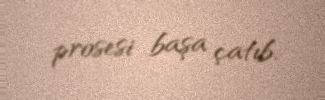
prosesi başa çatıb.